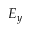
E _ { y }